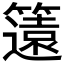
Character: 𮆡